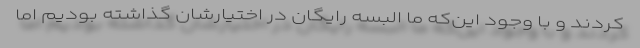
کردند و با وجود این‌که ما البسه رایگان در اختیارشان گذاشته بودیم اما